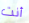
أنت